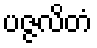
ပဇ္ဇလိတံ